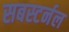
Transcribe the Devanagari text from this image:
सबस्टर्नल